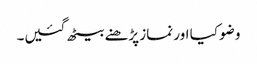
وضو کیا اور نماز پڑھنے بیٹھ گئیں۔